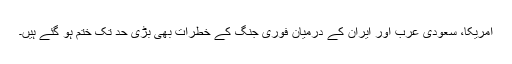
امریکا، سعودی عرب اور ایران کے درمیان فوری جنگ کے خطرات بھی بڑی حد تک ختم ہو گئے ہیں۔